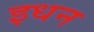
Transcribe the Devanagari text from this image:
इधन